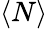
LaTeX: \left<N\right>